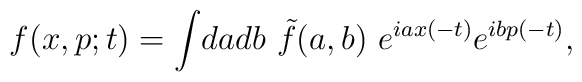
f(x,p;t)= \int\! da db ~\tilde{f}(a,b) ~ e^{iax(-t)} e^{ibp(-t)},